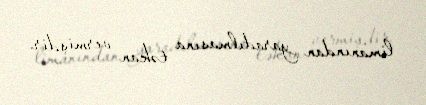
limanından yaradılmasına təkan vermişdir.